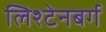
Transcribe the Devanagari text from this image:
लिश्टेनबर्ग